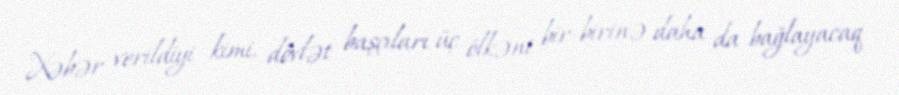
Xəbər verildiyi kimi, dövlət başçıları üç ölkəni bir-birinə daha da bağlayacaq